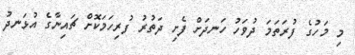
މި މަހުގެ ފުރަތަމަ ދުވަހު ހަނދަށް ފެށި ދަތުރު ފުރިހަމަކޮށް ޗައިނާގެ އުޅަނދު